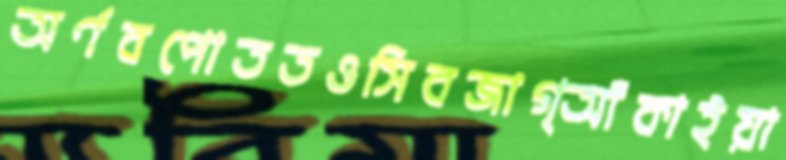
অর্ণবপোততওসিবজাগ্‌আঁকাইয়া